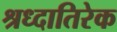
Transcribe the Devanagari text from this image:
श्रध्दातिरेक